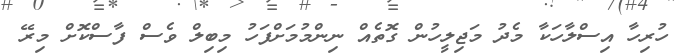
ހުރިހާ އިސްލާހަކާ މެދު މަޖިލީހުން ގޮތެއް ނިންމުމަށްފަހު މިބިލް ވެސް ފާސްކޮށް މިރޭ